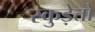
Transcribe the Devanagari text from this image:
स्कुड़ेत्तो